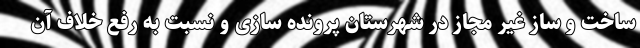
ساخت و ساز غیر مجاز در شهرستان پرونده سازی و نسبت به رفع خلاف آن